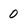
Character: 0